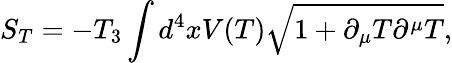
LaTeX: S_{T}=-T_{3}\int d^{4}xV(T)\sqrt{1+\partial_{\mu}T\partial^{\mu}T},